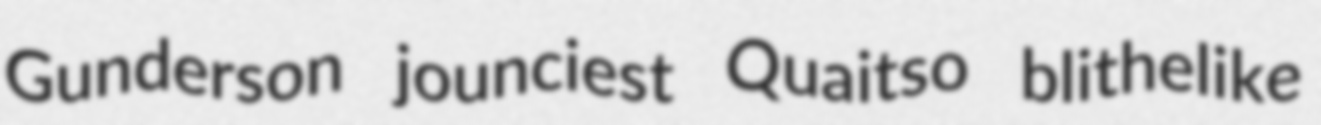
Gunderson jounciest Quaitso blithelike